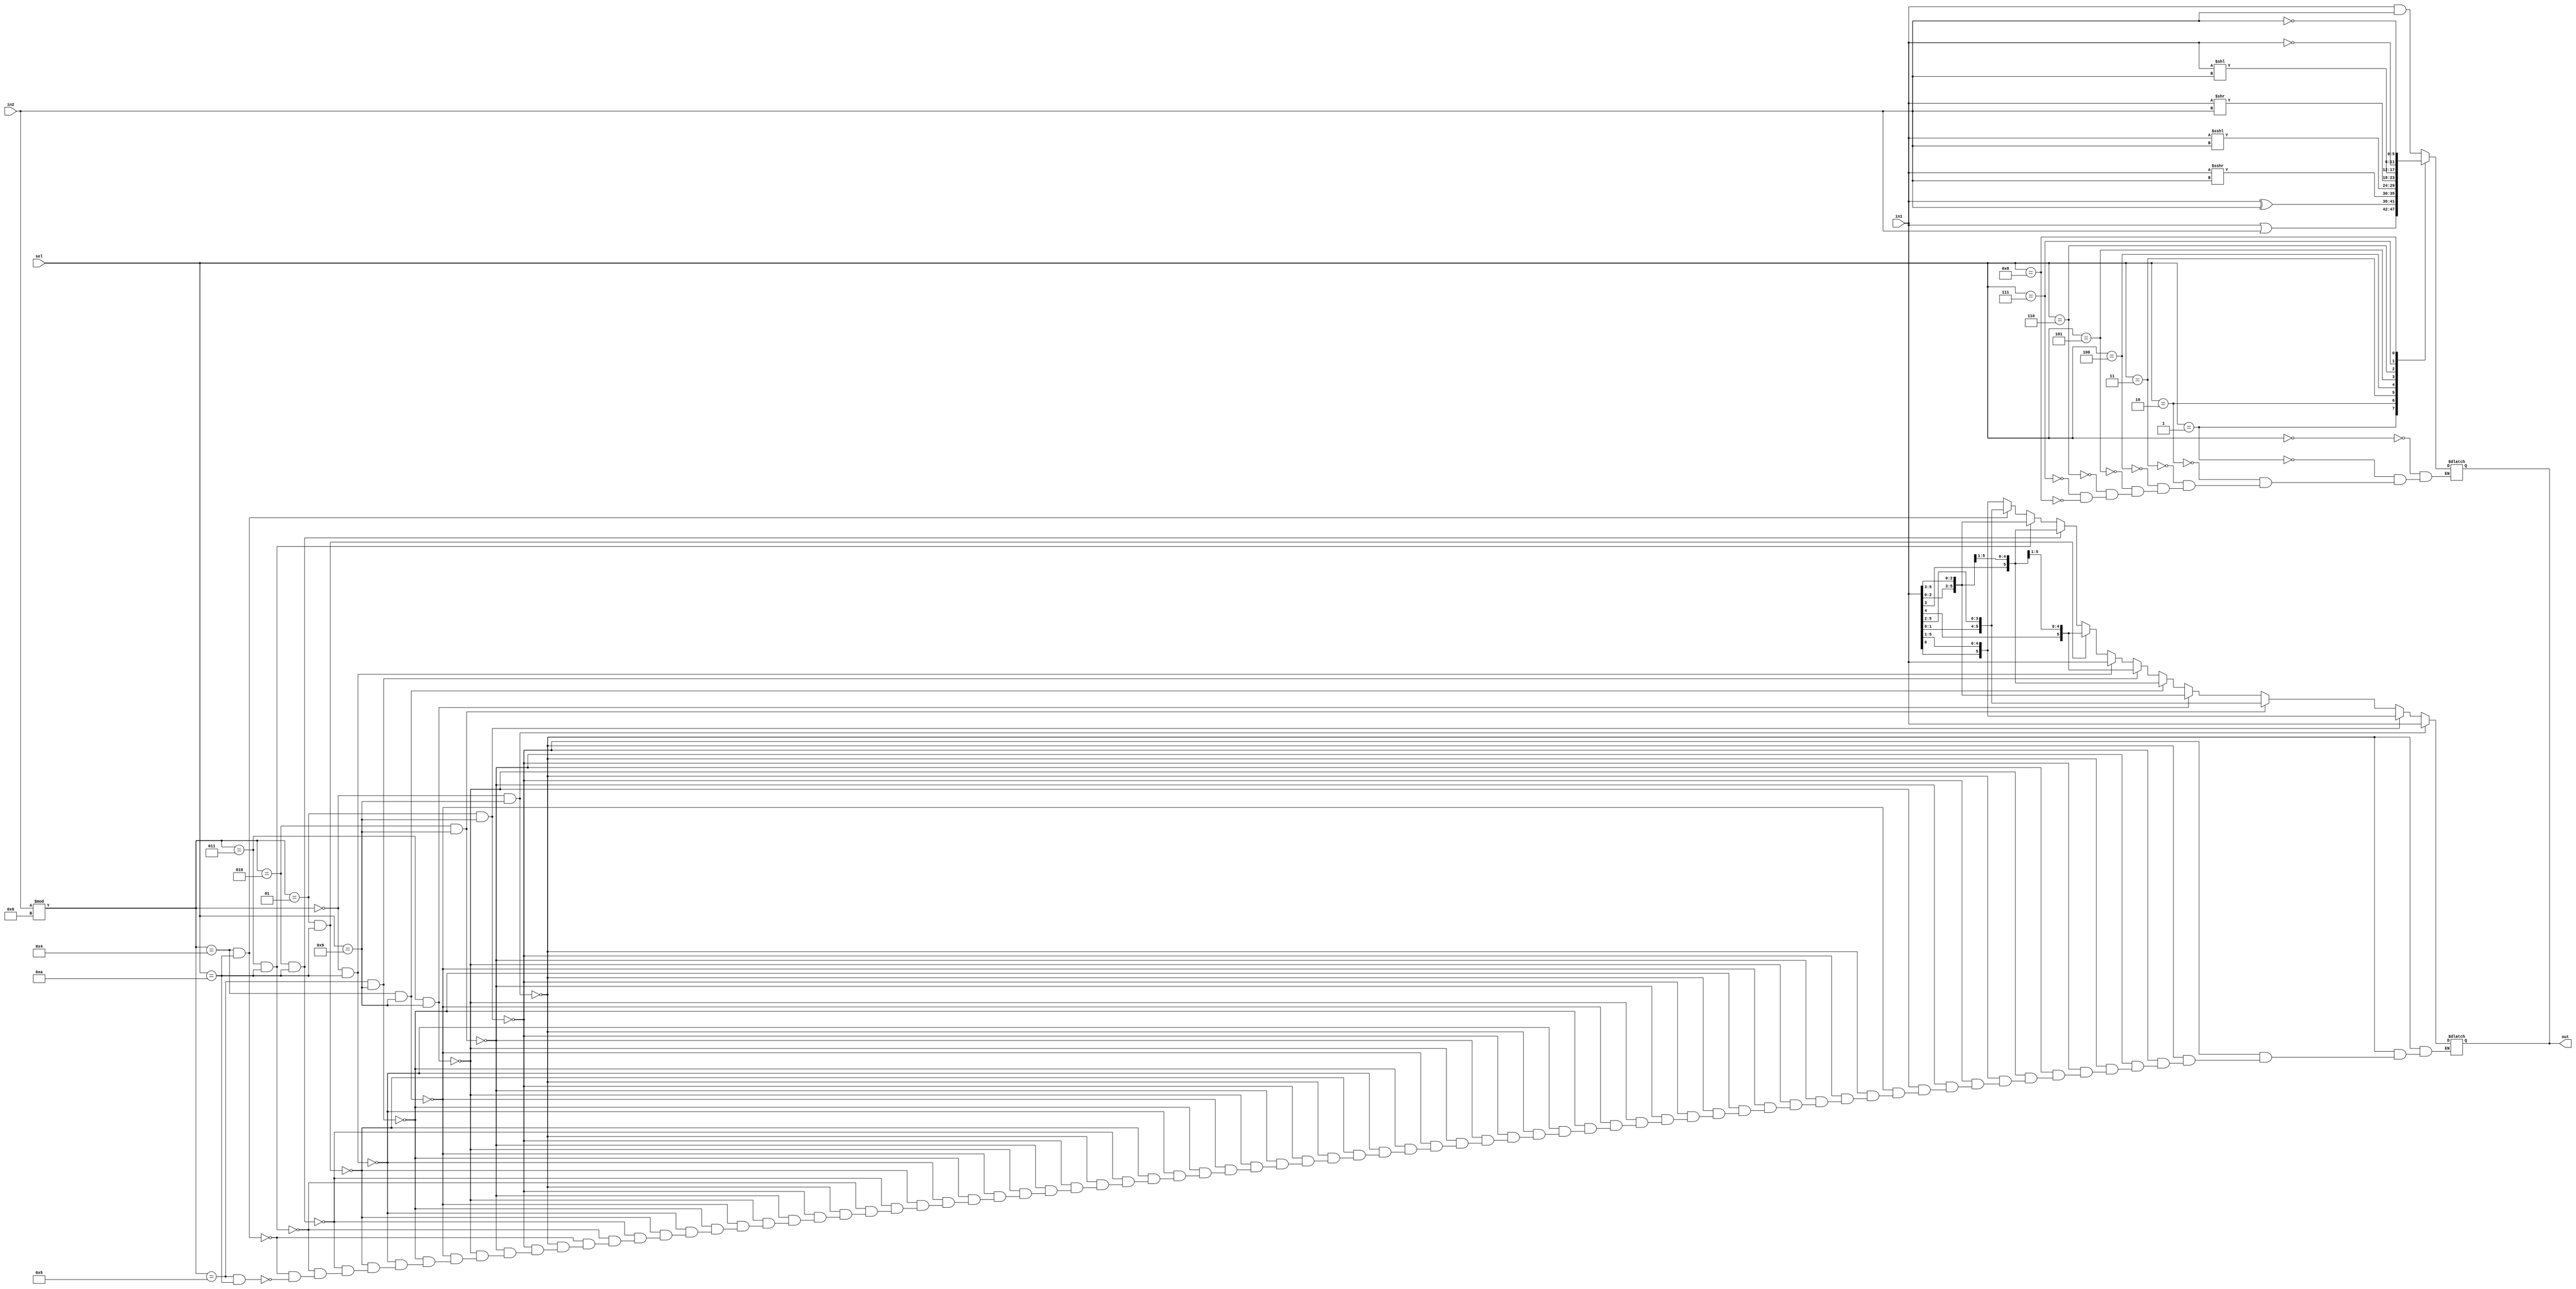
// Verilog Code to Implement a Logic Unit ( two 6 bit inputs and a select line (4 bits))

`timescale 1ns/1ps

module Logic_Unit(in1, in2, out, sel);
	input [3:0] sel;
	input signed[5:0] in1, in2;
	output reg signed[5:0] out;
	wire[5:0] o1, o2, o3, o4, o5, o6, o7, o8, o9, o10, o11;
	
	assign o1 = in1 & in2;
	assign o2 = in1 | in2;
	assign o3 = in1 ^ in2;
	assign o4 = in1 >>> in2;
	assign o5 = in1 <<< in2;
	assign o6 = in1 >> in2;
	assign o7 = in1 << in2;
	assign o8 = ~in1;
	assign o9 = ~in2;
		
	
	
	always @(*)
	begin
		case(sel)
			4'b0000 : out = o1; // and operation
			4'b0001 : out = o2; // or operation
			4'b0010 : out = o3; // xor operation
			4'b0011 : out = o4; // arithmetic right shift operation
			4'b0100 : out = o5; // arithmetic left shift operation
			4'b0101 : out = o6; // logical right shift operation
			4'b0110 : out = o7; // logical left shift operation
			4'b0111 : out = o8; // complement of input 1
			4'b1000 : out = o9;	// complement of input 2
		endcase
		
	end 
	
	//Circular Right Shift
	always @(*)
		if ((in2 % 6 == 0) && sel == 4'b1001)
		begin
			out = in1;
		end
		else if ((in2 % 6 == 1) && sel == 4'b1001)
		begin
			out = {in1[0], in1[5:1]};
		end
		else if ((in2 % 6 == 2) && sel == 4'b1001)
		begin
			out = {in1[1:0], in1[5:2]};
		end
		else if ((in2 % 6 == 3) && sel == 4'b1001)
		begin
			out = {in1[2:0], in1[5:3]};
		end
		else if ((in2 % 6 == 4) && sel == 4'b1001)
		begin
			out = {in1[3:0], in1[5:4]};
		end
		else if ((in2 % 6 == 5) && sel == 4'b1001)
		begin
			out = {in1[4:0], in1[5]};
		end
		
		
		//Circular Left Shift
		else if ((in2 % 6 == 0) && sel == 4'b1010)
		begin
			out = in1;
		end
		else if ((in2 % 6 == 1) && sel == 4'b1010)
		begin
			out = {in1[4:0], in1[5]};
		end
		else if ((in2 % 6 == 2) && sel == 4'b1010)
		begin
			out = {in1[3:0], in1[5:4]};
		end
		else if ((in2 % 6 == 3) && sel == 4'b1010)
		begin
			out = {in1[2:0], in1[5:3]};
		end
		else if ((in2 % 6 == 4) && sel == 4'b1010)
		begin
			out = {in1[1:0], in1[5:2]};
		end
		else if ((in2 % 6 == 5) && sel == 4'b1010)
		begin
			out = {in1[0], in1[5:1]};
		end
	
endmodule	

module test_bench;
	reg[3:0] sel;
	reg signed[5:0] in1, in2;
	wire signed[5:0] out;
	
	Logic_Unit log(in1, in2, out, sel);
	
	initial begin;
	$monitor("%d in1:%b \t in2=%b \t out=%b \t sel=%d", $time,in1, in2, out, sel);
	#0	in1=6'b000111; in2=6'b000010; sel=4'b0000;
	#10 in1=6'b000001; in2=6'b000011; sel=4'b0001;
	#10	in1=6'b000101; in2=6'b000011; sel=4'b0010;
	#10	in1=6'b001100; in2=6'b000001; sel=4'b0011;
	#10	in1=6'b000101; in2=6'b000001; sel=4'b0100;
	#10	in1=6'b001100; in2=6'b000010; sel=4'b0101;
	#10	in1=6'b000101; in2=6'b000011; sel=4'b0110;
	#10	in1=6'b000101; in2=6'b000001; sel=4'b0111;
	#10	in1=6'b001111; in2=6'b000001; sel=4'b1000;
	#10	in1=6'b100111; in2=6'b000010; sel=4'b1001;
	#10	in1=6'b100111; in2=6'b000010; sel=4'b1010;
	end 
	
endmodule